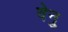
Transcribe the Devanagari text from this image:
वेनु